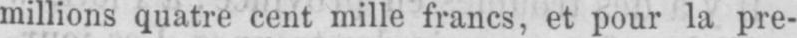
millions quatre cent mille francs, et pour la pre-